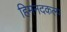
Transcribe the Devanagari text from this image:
हिमनदकल्प